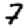
Digit: 7